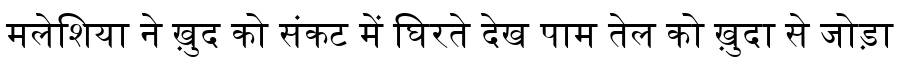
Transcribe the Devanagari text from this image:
मलेशिया ने ख़ुद को संकट में घिरते देख पाम तेल को ख़ुदा से जोड़ा